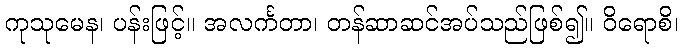
ကုသုမေန၊ ပန်းဖြင့်။ အလင်္ကတာ၊ တန်ဆာဆင်အပ်သည်ဖြစ်၍။ ဝိရောစိ၊